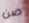
صن